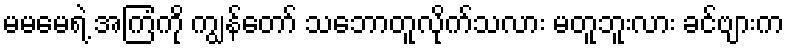
မမမေရဲ့ အကြံကို ကျွန်တော် သဘောတူလိုက်သလား မတူဘူးလား ခင်ဗျားက